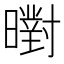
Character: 㬣